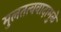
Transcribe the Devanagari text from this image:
मुलतत्ववादामुळे